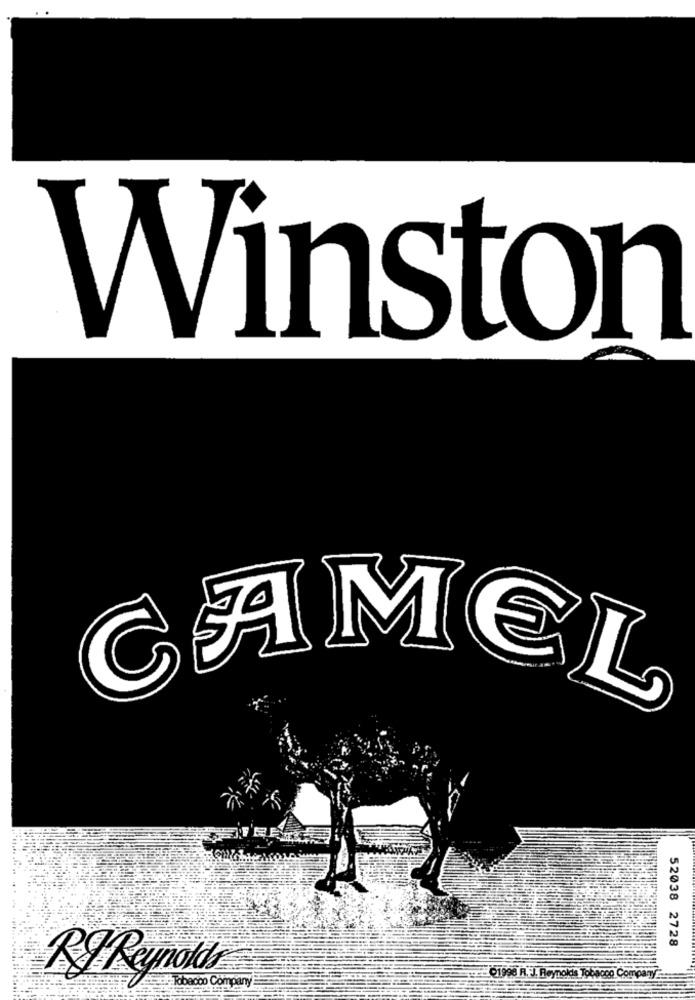
Winston
CAMEL
52038 2728
Q1998 R. J. Reynolds Tobacco Company ...
Tobacco Company